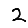
Digit: 2